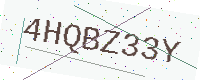
Text: 4HQBZ33Y